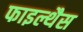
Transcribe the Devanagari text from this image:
फाइल्थैस